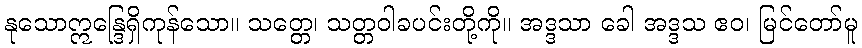
နုသောဣန္ဒြေရှိကုန်သော။ သတ္တေ၊ သတ္တဝါခပင်းတို့ကို။ အဒ္ဒသာ ခေါ အဒ္ဒသ ဧဝ၊ မြင်တော်မူ